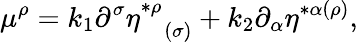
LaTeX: \mu^{\rho}=k_{1}\partial^{\sigma}\eta_{\; \; \; (\sigma)}^{*\rho}+k_{2}\partial_{\alpha}\eta^{*\alpha(\rho)},